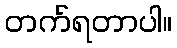
တက်ရတာပါ။